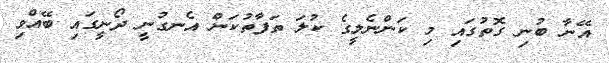
އޭނާ ބުނި ގޮތުގައި މި ކަންނެލީގެ ކުލަ ތަފާތުކަން އެނގުނީ ދޯނީގައި ބޭއްވި